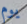
يوم